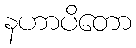
နဟာပိတော